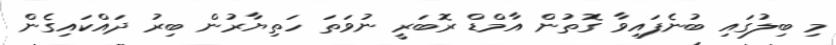
މި ބިލުގައި ބުނެފައިވާ ގޮތުން އާމްޑް ރޮބަރީ ނުވަތަ ހަތިޔާރުން ބިރު ދައްކައިގެން